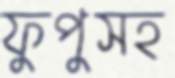
ফুপুসহ